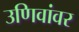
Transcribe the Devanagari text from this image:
उणिवांवर